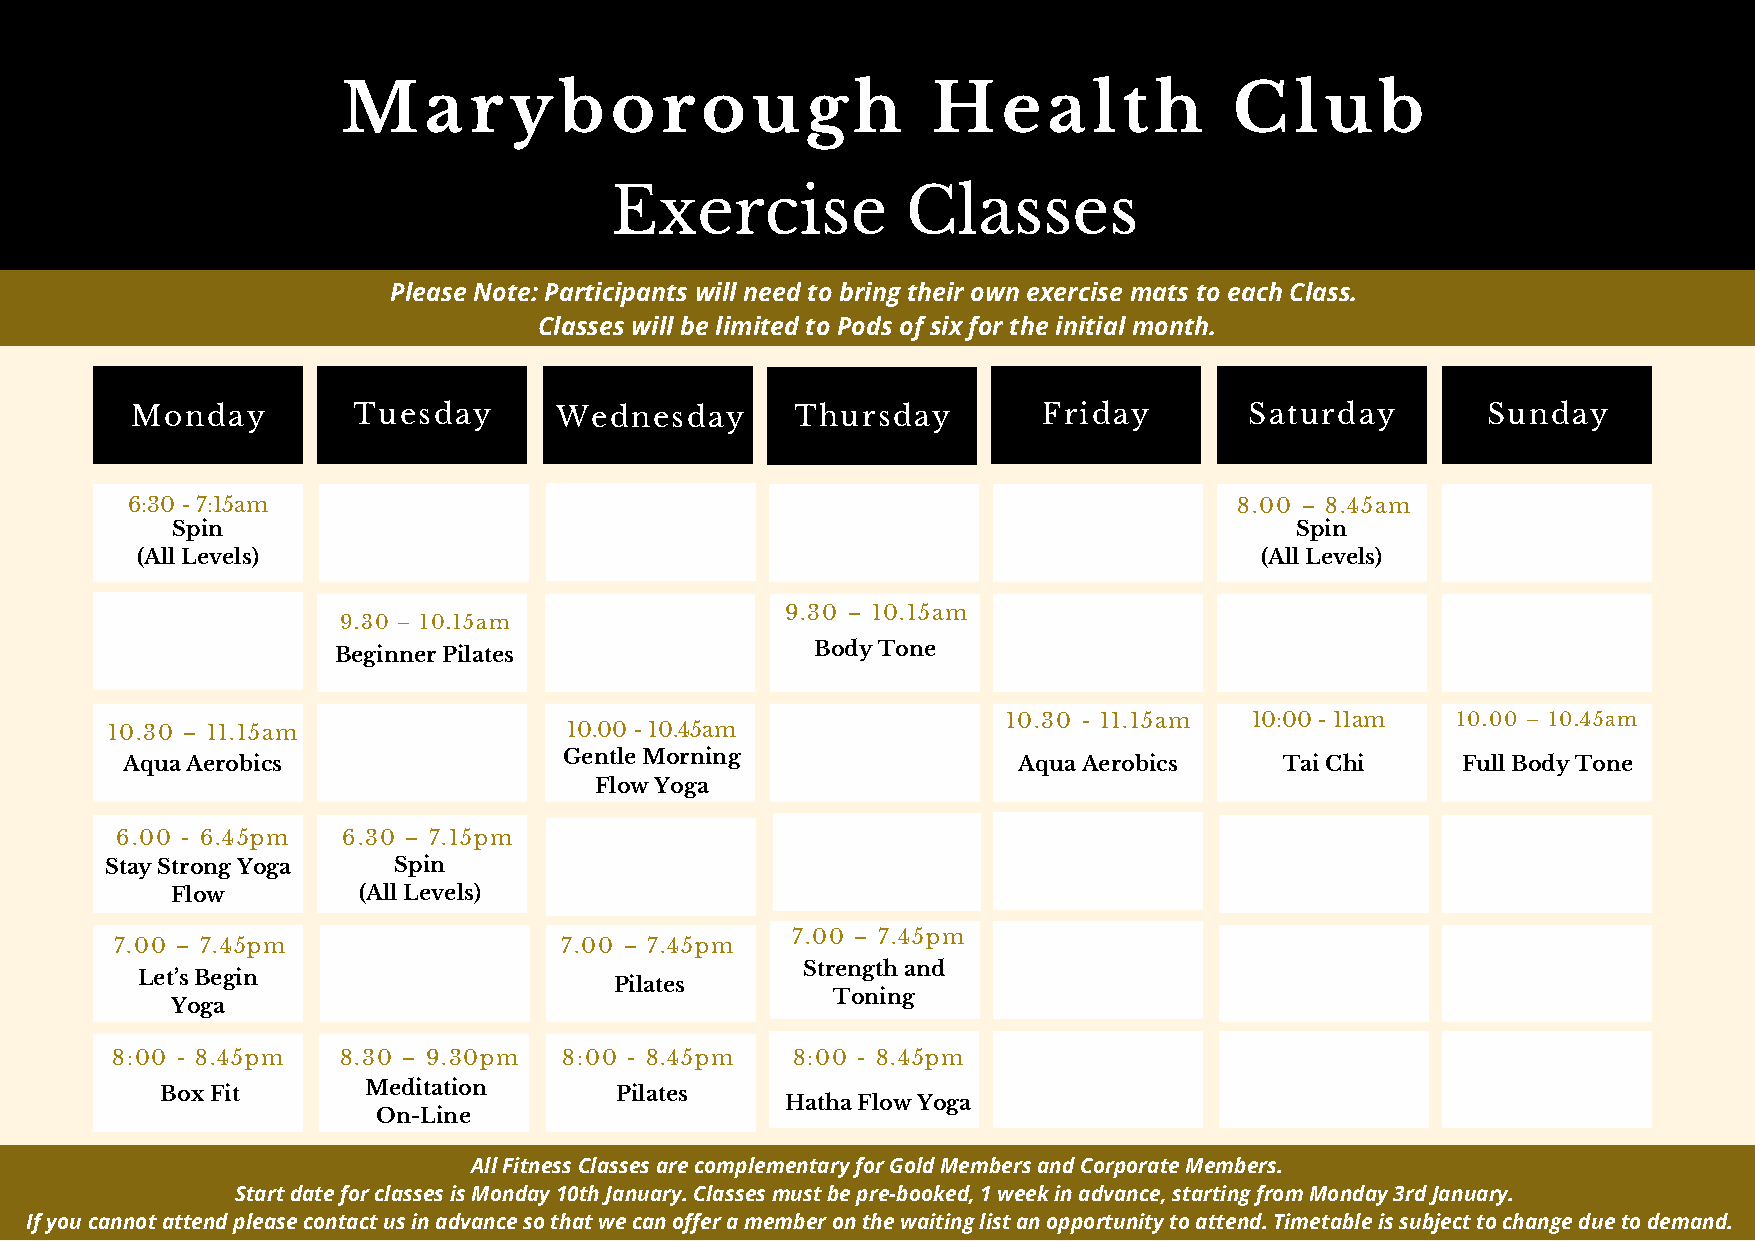
Maryborough                            Health              Club
 Exercise            Classes
 Please Note: Participants will need to bring their own exercise mats to each Class.
 Classes will be limited to Pods of six for the initial month.
 Monday        Tuesday       Wednesday       Thursday        Friday        Saturday       Sunday
 6:30 - 7:15am                                                             8.00 – 8.45am
 Spin                                                                       Spin
 (All Levels)                                                              (All Levels)
 9.30 – 10.15am
 9.30 – 10.15am
 Beginner Pilates                Body Tone
 10.30 - 11.15am 10:00 - 11am 10.00 – 10.45am
 10.30 – 11.15am                10.00 - 10.45am
 Gentle Morning
 Aqua Aerobics                                              Aqua Aerobics     Tai Chi     Full Body Tone
 Flow Yoga
 6.00 - 6.45pm  6.30 – 7.15pm
 Stay Strong Yoga   Spin
 Flow         (All Levels)
 7.00 – 7.45pm
 7.00 – 7.45pm                7.00 – 7.45pm
 Strength and
 Let’s Begin
 Pilates
 Toning
 Yoga
 8:00 - 8.45pm  8.30 – 9.30pm  8:00 - 8.45pm  8:00 - 8.45pm
 Meditation
 Box Fit                       Pilates
 Hatha Flow Yoga
 On-Line
 All Fitness Classes are complementary for Gold Members and Corporate Members.
 Start date for classes is Monday 10th January. Classes must be pre-booked, 1 week in advance, starting from Monday 3rd January.
 If you cannot attend please contact us in advance so that we can offer a member on the waiting list an opportunity to attend. Timetable is subject to change due to demand.